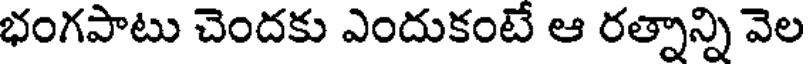
భంగపాటు చెందకు ఎందుకంటే ఆ రత్నాన్ని వెల